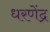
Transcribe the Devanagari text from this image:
धरणेंद्र